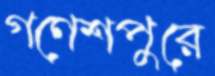
গণেশপুরে